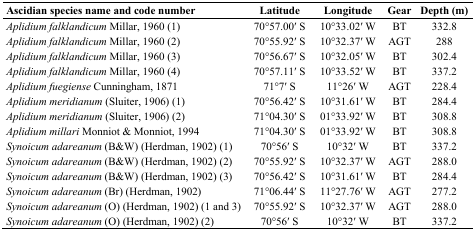
<table><thead><tr><td><b>Ascidian species name and code number</b></td><td><b>Latitude</b></td><td><b>Longitude</b></td><td><b>Gear</b></td><td><b>Depth (m)</b></td></tr></thead><tbody><tr><td><i>Aplidium falklandicum</i> Millar, 1960 (1)</td><td>70°57.00′ S</td><td>10°33.02′ W</td><td>BT</td><td>332.8</td></tr><tr><td><i>Aplidium falklandicum</i> Millar, 1960 (2)</td><td>70°55.92′ S</td><td>10°32.37′ W</td><td>AGT</td><td>288</td></tr><tr><td><i>Aplidium falklandicum</i> Millar, 1960 (3)</td><td>70°56.67′ S</td><td>10°32.05′ W</td><td>BT</td><td>302.4</td></tr><tr><td><i>Aplidium falklandicum</i> Millar, 1960 (4)</td><td>70°57.11′ S</td><td>10°33.52′ W</td><td>BT</td><td>337.2</td></tr><tr><td><i>Aplidium fuegiense</i> Cunningham, 1871</td><td>71°7′ S</td><td>11°26′ W</td><td>AGT</td><td>228.4</td></tr><tr><td><i>Aplidium meridianum</i> (Sluiter, 1906) (1)</td><td>70°56.42′ S</td><td>10°31.61′ W</td><td>BT</td><td>284.4</td></tr><tr><td><i>Aplidium meridianum</i> (Sluiter, 1906) (2)</td><td>71°04.30′ S</td><td>01°33.92′ W</td><td>BT</td><td>308.8</td></tr><tr><td><i>Aplidium millari</i> Monniot &amp; Monniot, 1994</td><td>71°04.30′ S</td><td>01°33.92′ W</td><td>BT</td><td>308.8</td></tr><tr><td><i>Synoicum adareanum</i> (B&amp;W) (Herdman, 1902) (1)</td><td>70°56′ S</td><td>10°32′ W</td><td>BT</td><td>337.2</td></tr><tr><td><i>Synoicum adareanum</i> (B&amp;W) (Herdman, 1902) (2)</td><td>70°55.92′ S</td><td>10°32.37′ W</td><td>AGT</td><td>288.0</td></tr><tr><td><i>Synoicum adareanum</i> (B&amp;W) (Herdman, 1902) (3)</td><td>70°56.42′ S</td><td>10°31.61′ W</td><td>BT</td><td>284.4</td></tr><tr><td><i>Synoicum adareanum</i> (Br) (Herdman, 1902)</td><td>71°06.44′ S</td><td>11°27.76′ W</td><td>AGT</td><td>277.2</td></tr><tr><td><i>Synoicum adareanum</i> (O) (Herdman, 1902) (1 and 3)</td><td>70°55.92′ S</td><td>10°32.37′ W</td><td>AGT</td><td>288.0</td></tr><tr><td><i>Synoicum adareanum</i> (O) (Herdman, 1902) (2)</td><td>70°56′ S</td><td>10°32′ W</td><td>BT</td><td>337.2</td></tr></tbody></table>